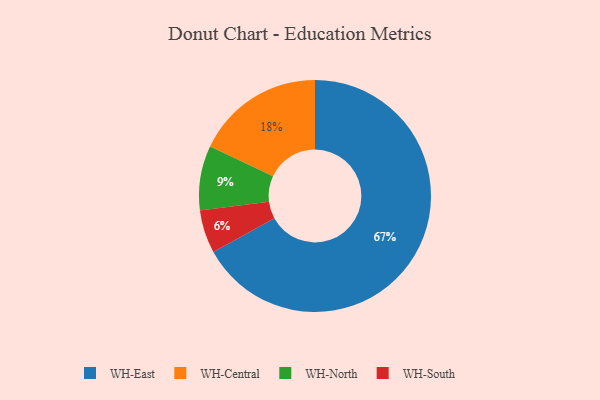
{"axis": {"x": "Category", "y": "Percentage"}, "legend": ["WH-Central", "WH-East", "WH-North", "WH-South"], "data": [{"x": "WH-East", "y": 67, "type": "WH-East"}, {"x": "WH-South", "y": 6, "type": "WH-South"}, {"x": "WH-North", "y": 9, "type": "WH-North"}, {"x": "WH-Central", "y": 18, "type": "WH-Central"}]}